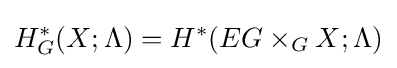
H_{G}^{*}(X;\Lambda )=H^{*}(EG\times _{G}X;\Lambda )